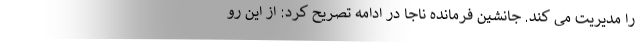
را مدیریت می کند. جانشین فرمانده ناجا در ادامه تصریح کرد: از این رو